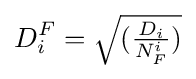
D_{i}^{F}={\sqrt {({\tfrac {D_{i}}{N_{F}^{i}}})}}